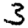
Digit: 3